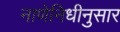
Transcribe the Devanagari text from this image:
नाणेनिधीनुसार